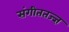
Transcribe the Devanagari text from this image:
संगीततज्ज्ञ